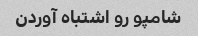
شامپو رو اشتباه آوردن